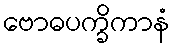
ဗောဓပက္ခိကာနံ